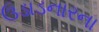
ઉડાડનારના